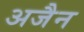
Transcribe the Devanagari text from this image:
अजैन